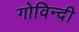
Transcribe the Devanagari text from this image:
गोविन्दी